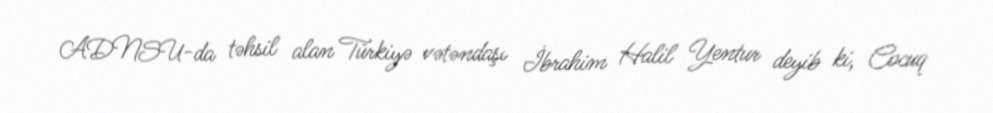
ADNSU-da təhsil alan Türkiyə vətəndaşı İbrahim Halil Yentur deyib ki, Cocuq